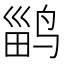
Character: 𱊎